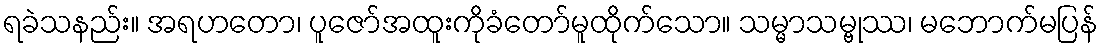
ရခဲသနည်း။ အရဟတော၊ ပူဇော်အထူးကိုခံတော်မူထိုက်သော။ သမ္မာသမ္ဗုဿ၊ မဘောက်မပြန်